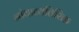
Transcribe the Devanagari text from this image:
नांवाव्यतिरिक्त